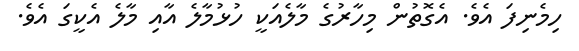
ހިމެނިފަ އެވެ. އެގޮތުން މިހާރުގެ މާލެއަކީ ހުޅުމާލެ އާއި މާލެ އެކީގަ އެވެ.